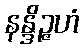
နန္ဒိဉ္ဇဟံ